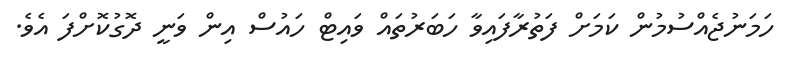
ހަމަނުޖެއްސުމުން ކަމަށް ފަތުރާފައިވާ ހަބަރުތައް ވައިޓް ހައުސް އިން ވަނީ ދޮގުކޮށްފަ އެވެ.